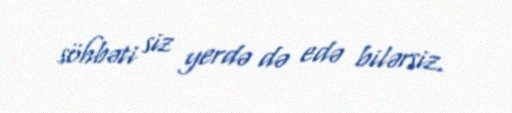
söhbəti siz yerdə də edə bilərsiz.